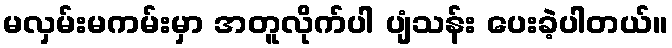
မလှမ်းမကမ်းမှာ အတူလိုက်ပါ ပျံသန်း ပေးခဲ့ပါတယ်။